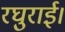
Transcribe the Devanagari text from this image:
रघुराई।